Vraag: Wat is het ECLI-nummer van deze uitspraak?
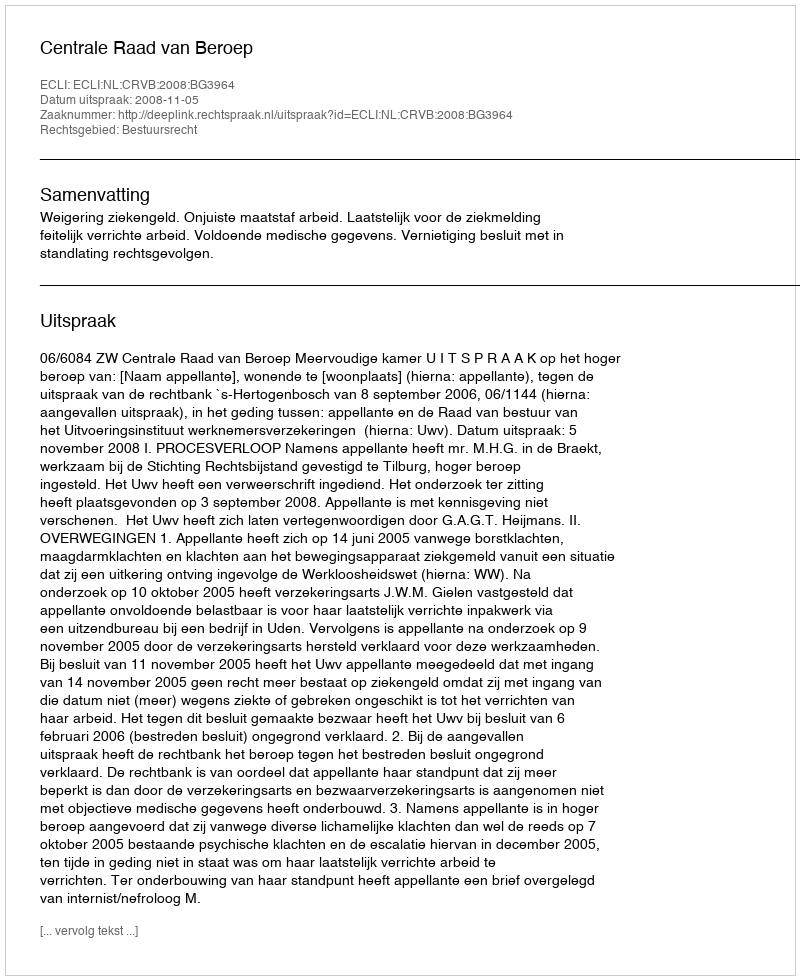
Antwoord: ECLI:NL:CRVB:2008:BG3964